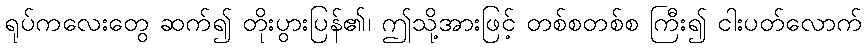
ရုပ်ကလေးတွေ ဆက်၍ တိုးပွားပြန်၏၊ ဤသို့အားဖြင့် တစ်စတစ်စ ကြီး၍ ငါးပတ်လောက်